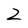
Character: Z